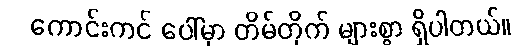
ကောင်းကင် ပေါ်မှာ တိမ်တိုက် များစွာ ရှိပါတယ်။